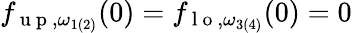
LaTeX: {f}_{\mathrm{~u~p~},\omega_{1(2)}}(0)={f}_{\mathrm{~l~o~},\omega_{3(4)}}(0)=0